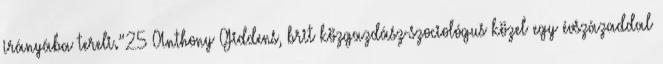
irányába tereli.”25 Anthony Giddens, brit közgazdász-szociológus közel egy évszázaddal